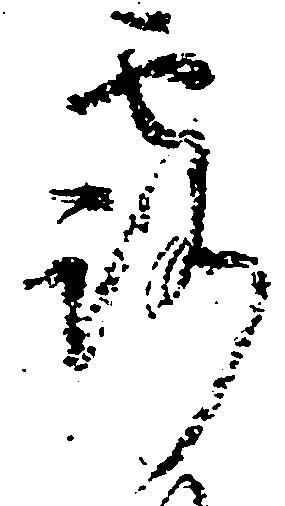
露